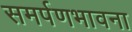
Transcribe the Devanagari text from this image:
समर्पणभावना